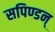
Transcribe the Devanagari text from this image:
सपिण्डन्